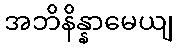
အဘိနိန္နာမေယျ